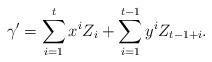
LaTeX: \begin{align*}\gamma'= \sum_{i=1}^{t}x^iZ_i + \sum_{i=1}^{t-1} y^i Z_{t-1 +i}.\end{align*}